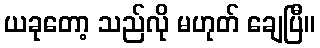
ယခုတော့ သည်လို မဟုတ် ချေပြီ။